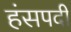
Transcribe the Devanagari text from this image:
हंसपदी